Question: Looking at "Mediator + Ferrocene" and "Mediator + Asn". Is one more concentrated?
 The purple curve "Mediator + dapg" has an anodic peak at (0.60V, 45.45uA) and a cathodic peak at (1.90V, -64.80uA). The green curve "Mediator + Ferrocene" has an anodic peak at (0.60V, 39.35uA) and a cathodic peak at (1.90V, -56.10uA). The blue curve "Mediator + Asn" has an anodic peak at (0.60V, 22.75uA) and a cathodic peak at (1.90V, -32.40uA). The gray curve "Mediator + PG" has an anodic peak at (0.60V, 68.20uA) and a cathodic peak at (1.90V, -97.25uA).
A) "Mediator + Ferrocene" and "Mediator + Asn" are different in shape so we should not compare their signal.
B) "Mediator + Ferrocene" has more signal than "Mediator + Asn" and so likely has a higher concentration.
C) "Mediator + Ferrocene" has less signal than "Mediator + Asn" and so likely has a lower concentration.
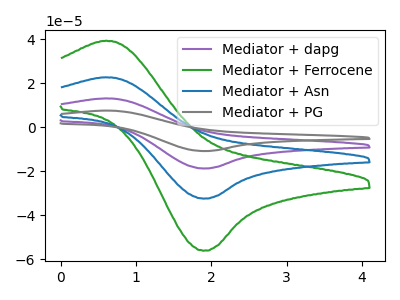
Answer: <think>All the peaks in "Mediator + Ferrocene" have a peak in "Mediator + Asn" at the same potential. Every peak in "Mediator + Ferrocene" is higher than every peak in "Mediator + Asn".
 </think>
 <answer>B) "Mediator + Ferrocene" has more signal than "Mediator + Asn" and so likely has a higher concentration.</answer>
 <eval>B</eval>